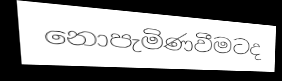
නොපැමිණවීමටද